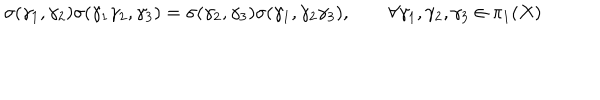
\sigma ( \gamma _ { 1 } , \gamma _ { 2 } ) \sigma ( \gamma _ { 1 } \gamma _ { 2 } , \gamma _ { 3 } ) = \sigma ( \gamma _ { 2 } , \gamma _ { 3 } ) \sigma ( \gamma _ { 1 } , \gamma _ { 2 } \gamma _ { 3 } ) , \qquad \forall \gamma _ { 1 } , \gamma _ { 2 } , \gamma _ { 3 } \in \pi _ { 1 } ( X )